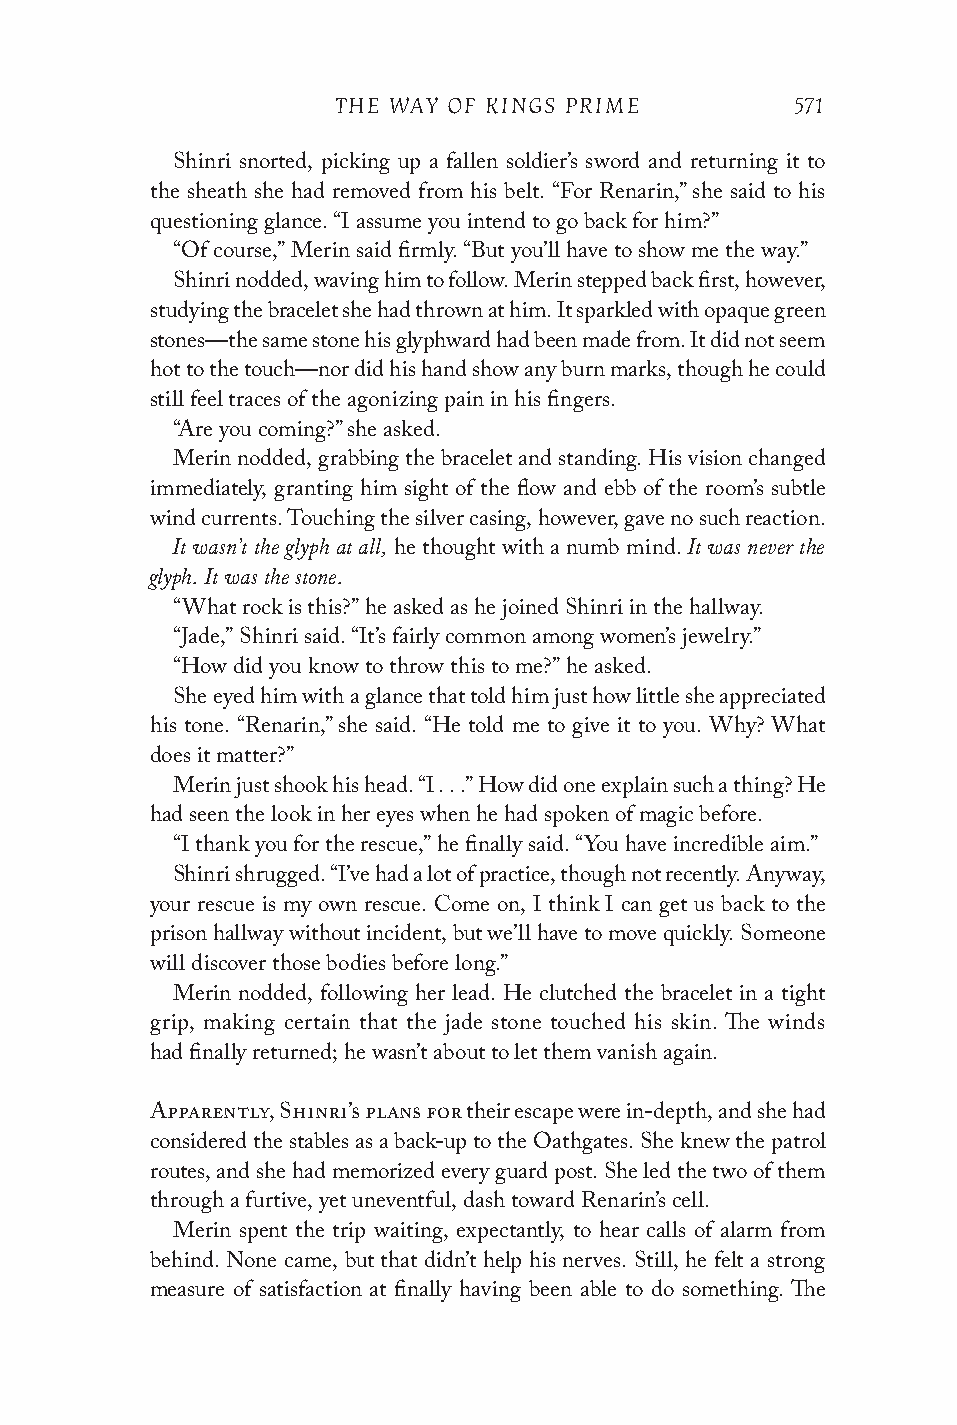
THE WAY OF KINGS PRIME         571
 Shinri snorted, picking up a fallen soldier’s sword and returning it to
 the sheath she had removed from his belt. “For Renarin,” she said to his
 questioning glance. “I assume you intend to go back for him?”
 “Of course,” Merin said firmly. “But you’ll have to show me the way.”
 Shinri nodded, waving him to follow. Merin stepped back first, however,
 studying the bracelet she had thrown at him. It sparkled with opaque green
 stones—the same stone his glyphward had been made from. It did not seem
 hot to the touch—nor did his hand show any burn marks, though he could
 still feel traces of the agonizing pain in his fingers.
 “Are you coming?” she asked.
 Merin nodded, grabbing the bracelet and standing. His vision changed
 immediately, granting him sight of the flow and ebb of the room’s subtle
 wind currents. Touching the silver casing, however, gave no such reaction.
 It wasn’t the glyph at all,        It was never the
 he thought with a numb mind.
 glyph. It was the stone.
 “What rock is this?” he asked as he joined Shinri in the hallway.
 “Jade,” Shinri said. “It’s fairly common among women’s jewelry.”
 “How did you know to throw this to me?” he asked.
 She eyed him with a glance that told him just how little she appreciated
 his tone. “Renarin,” she said. “He told me to give it to you. Why? What
 does it matter?”
 Merin just shook his head. “I . . .” How did one explain such a thing? He
 had seen the look in her eyes when he had spoken of magic before.
 “I thank you for the rescue,” he finally said. “You have incredible aim.”
 Shinri shrugged. “I’ve had a lot of practice, though not recently. Anyway,
 your rescue is my own rescue. Come on, I think I can get us back to the
 prison hallway without incident, but we’ll have to move quickly. Someone
 will discover those bodies before long.”
 Merin nodded, following her lead. He clutched the bracelet in a tight
 grip, making certain that the jade stone touched his skin. The winds
 had finally returned; he wasn’t about to let them vanish again.
 Apparently, Shinri’s plans for their escape were in-depth, and she had
 considered the stables as a back-up to the Oathgates. She knew the patrol
 routes, and she had memorized every guard post. She led the two of them
 through a furtive, yet uneventful, dash toward Renarin’s cell.
 Merin spent the trip waiting, expectantly, to hear calls of alarm from
 behind. None came, but that didn’t help his nerves. Still, he felt a strong
 measure of satisfaction at finally having been able to do something. The